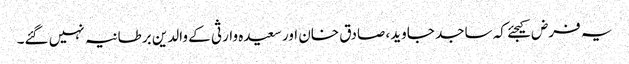
یہ فرض کیجئے کہ ساجد جاوید، صادق خان اور سعیدہ وارثی کے والدین برطانیہ نہیں گئے۔